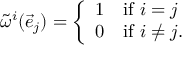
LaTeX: { \tilde { \omega } } ^ { i } ( { \vec { e } } _ { j } ) = \left\{ { \begin{array} { l l } { 1 } & { \mathrm { i f } \ i = j } \\ { 0 } & { \mathrm { i f } \ i \not = j . } \end{array} } \right.